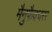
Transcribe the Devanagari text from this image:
मैनुफैक्चरर